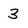
Character: 3